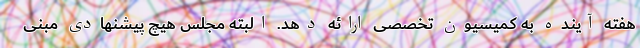
هفته آینده به کمیسیون تخصصی ارائه دهد. البته مجلس هیچ پیشنهادی مبنی